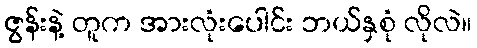
ဇွန်းနဲ့ တူက အားလုံးပေါင်း ဘယ်နှစုံ လိုလဲ။